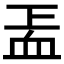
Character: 𧖬